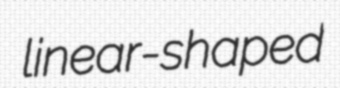
linear-shaped